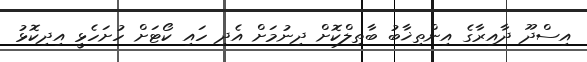
އިސްދޫ ދާއިރާގެ އިންތިޚާބު ބާތިލްކޮށް ދިނުމަށް އެދި ހައި ކޯޓަށް ހުށަހެޅީ އިދިކޮޅު